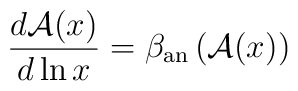
\frac{d{\cal A}(x)}{d\ln x}=\beta_{\rm an}\left({\cal A}(x)\right)